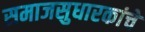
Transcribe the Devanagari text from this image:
समाजसुधारकांचे